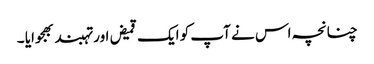
چنانچہ اس نے آپ کو ایک قمیض اور تہبند بھجوایا ۔